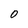
Character: 0